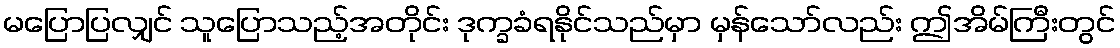
မပြောပြလျှင် သူပြောသည့်အတိုင်း ဒုက္ခခံရနိုင်သည်မှာ မှန်သော်လည်း ဤအိမ်ကြီးတွင်